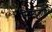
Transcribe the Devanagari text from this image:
स्टिम्यूलाई